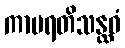
ကာမရတိသန္ထဝံ